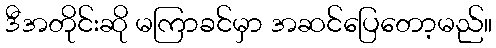
ဒီအတိုင်းဆို မကြာခင်မှာ အဆင်ပြေတော့မည်။